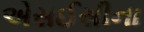
એસઈસીના